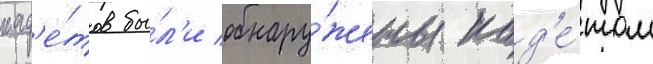
кад'е́тов бы́л'и обнару́жены кад'е́том